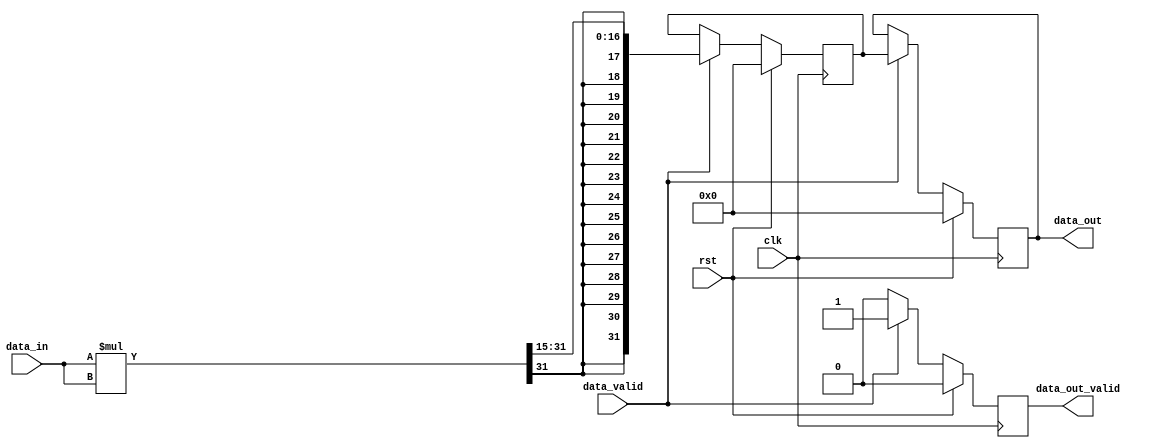
// This program was cloned from: https://github.com/Lefteris-B/ecko_efabless
// License: Apache License 2.0

module pow_module #(
    parameter Q = 15 // Number of fractional bits in the input data
) (
    input wire clk,
    input wire rst,
    input wire signed [31:0] data_in, // INT32 Q30
    input wire data_valid,
    output reg signed [31:0] data_out, // INT32 Q30
    output reg data_out_valid
);

reg signed [31:0] data_reg; // INT32 Q30

always @(posedge clk) begin
    if (rst) begin
        data_reg <= 0;
        data_out <= 0;
        data_out_valid <= 0;
    end else begin
        if (data_valid) begin
            data_reg <= $signed(data_in) * $signed(data_in) >>> Q;
            data_out <= data_reg;
            data_out_valid <= 1;
        end else begin
            data_out_valid <= 0;
        end
    end
end

endmodule